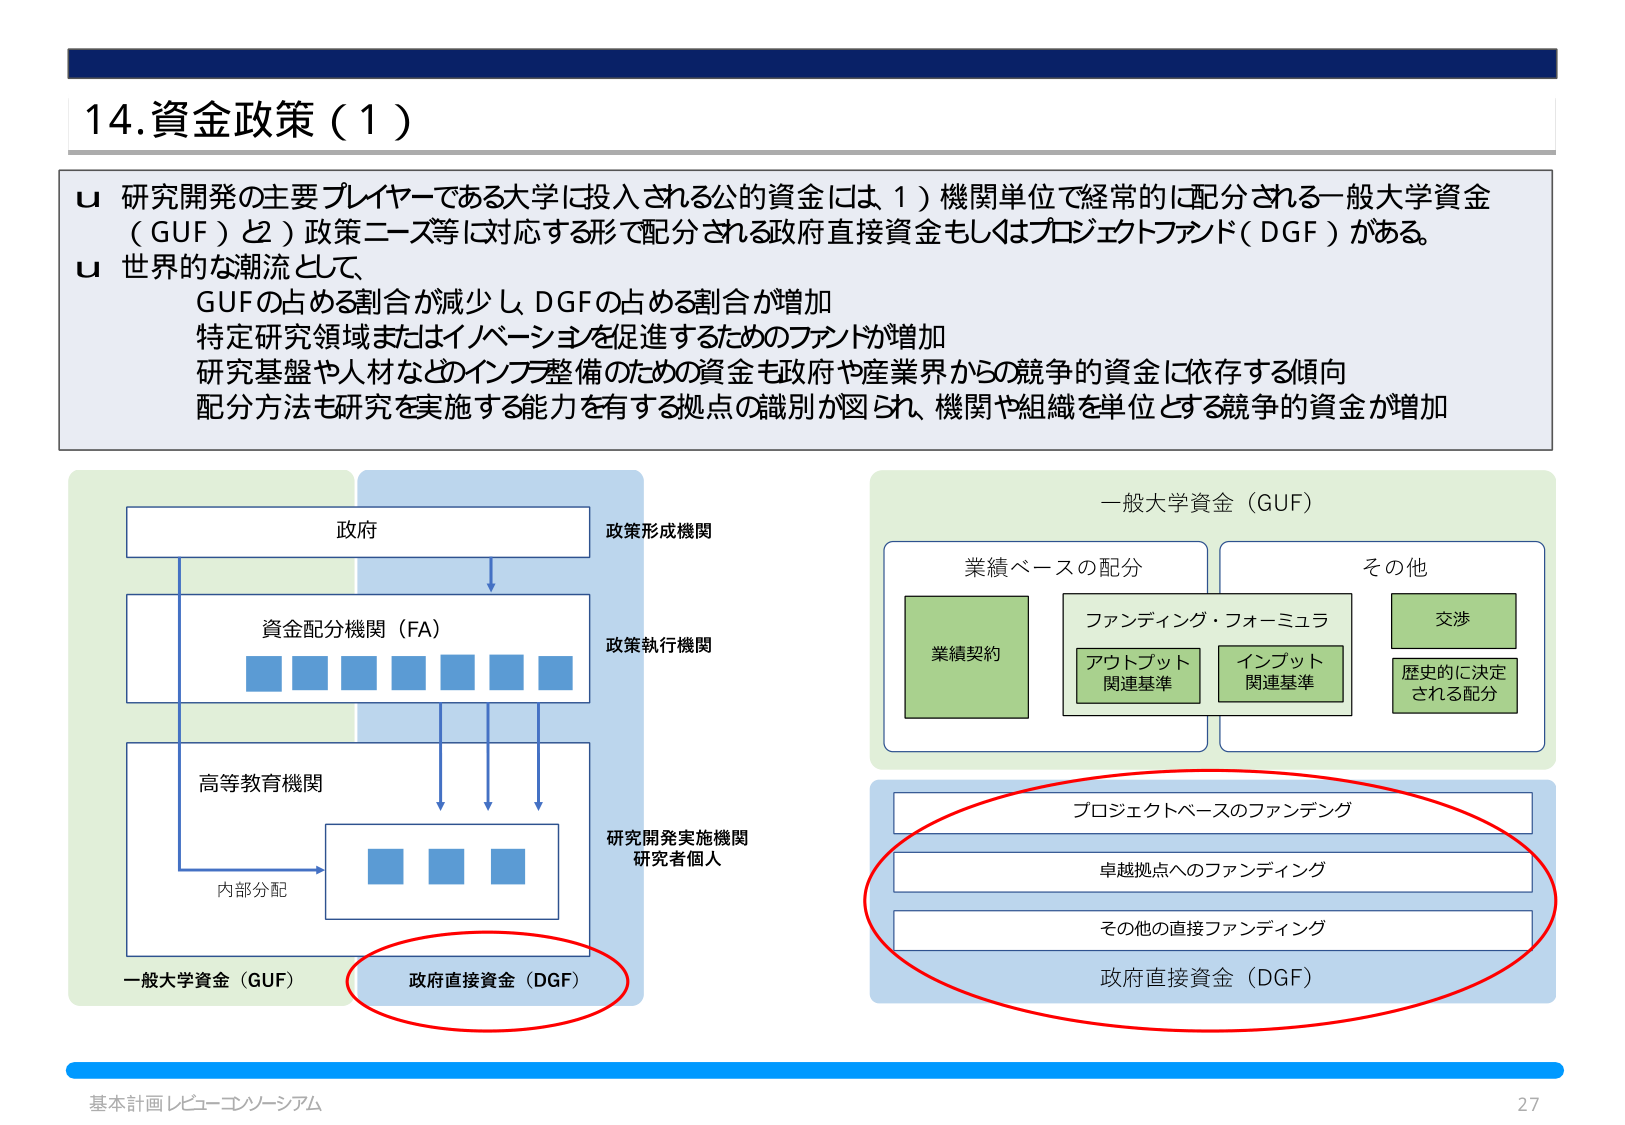
14.資金政策（1）

u 研究開発の主要プレイヤーである大学に投入される公的資金には 1）機関単位で経常的に配分される一般大学資金（GUF）と2）政策ニーズ等に対応する形で配分される政府直接資金もしくはプロジェクトファンド（DGF）がある。
u 世界的な潮流として、
GUFの占める割合が減少し、DGFの占める割合が増加
特定研究領域またはイノベーションを促進するためのファンドが増加
研究基盤や人材などのインフラ整備のための資金も政府や産業界からの競争的資金に依存する傾向
配分方法も研究を実施する能力を有する拠点の識別が図られ、機関や組織を単位とする競争的資金が増加

政府
政策形成機関
資金配分機関（FA）
政策執行機関
高等教育機関
研究開発実施機関
研究者個人
内部分配
一般大学資金（GUF）
政府直接資金（DGF）

一般大学資金（GUF）
業績ベースの配分
業績契約
ファンディング・フォーミュラ
アウトプット関連基準
インプット関連基準
その他
交渉
歴史的に決定される配分

プロジェクトベースのファンディング
卓越拠点へのファンディング
その他の直接ファンディング
政府直接資金（DGF）

基本計画レビュー・コンソーシアム
27